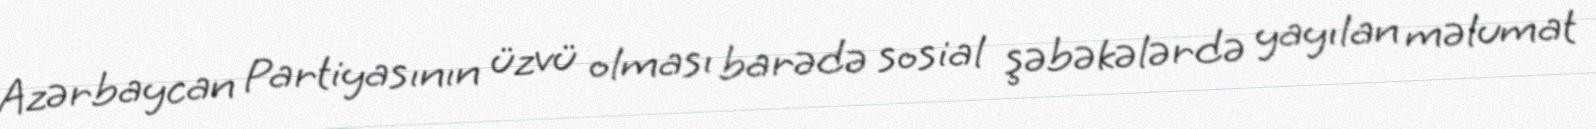
Azərbaycan Partiyasının üzvü olması barədə sosial şəbəkələrdə yayılan məlumat